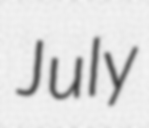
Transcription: July